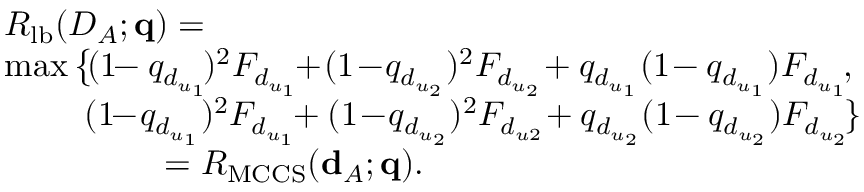
\begin{array} { r l } & { R _ { \mathrm { l b } } ( { \cal D } _ { \cal A } ; { \bf q } ) = } \\ & { \operatorname* { m a x } \big \{ \! ( 1 \! \! - q _ { d _ { u _ { 1 } } } \! ) ^ { 2 } F _ { d _ { u _ { 1 } } } \! \! + \! ( 1 \! - \! q _ { d _ { u _ { 2 } } } ) ^ { 2 } F _ { d _ { u _ { 2 } } } \! + q _ { d _ { u _ { 1 } } } ( 1 \! - q _ { d _ { u _ { 1 } } } ) F _ { d _ { u _ { 1 } } } \! , } \\ & { \quad \quad \ ( 1 \! \! - \! q _ { d _ { u _ { 1 } } } ) ^ { 2 } F _ { d _ { u _ { 1 } } } \! \! + ( 1 \! - \! q _ { d _ { u _ { 2 } } } ) ^ { 2 } F _ { d _ { u 2 } } \! + q _ { d _ { u _ { 2 } } } ( 1 \! - q _ { d _ { u _ { 2 } } } ) F _ { d _ { u _ { 2 } } } \! \} } \\ & { \quad \quad \quad \quad \ \ = R _ { \mathrm { M C C S } } ( { \bf d } _ { \cal A } ; { \bf q } ) . } \end{array}